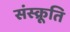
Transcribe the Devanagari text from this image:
संस्क्रूति